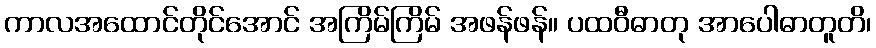
ကာလအထောင်တိုင်အောင် အကြိမ်ကြိမ် အဖန်ဖန်။ ပထဝီဓာတု အာပေါဓာတူတိ၊